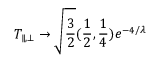
T _ { \parallel , \bot } \to \sqrt { { \frac { 3 } { 2 } } } ( { \frac { 1 } { 2 } } , { \frac { 1 } { 4 } } ) e ^ { - 4 / \lambda }